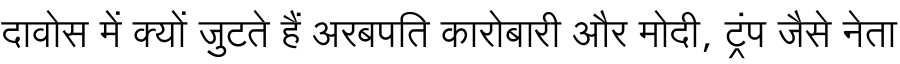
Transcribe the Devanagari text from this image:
दावोस में क्यों जुटते हैं अरबपति कारोबारी और मोदी, ट्रंप जैसे नेता